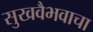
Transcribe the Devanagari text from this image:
सुखवैभवाचा